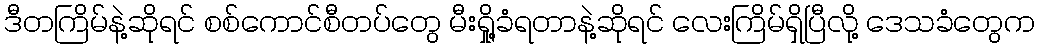
ဒီတကြိမ်နဲ့ဆိုရင် စစ်ကောင်စီတပ်တွေ မီးရှို့ခံရတာနဲ့ဆိုရင် လေးကြိမ်ရှိပြီလို့ ဒေသခံတွေက